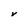
Character: V